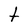
Character: t